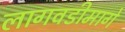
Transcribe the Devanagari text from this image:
लागवडीमागे